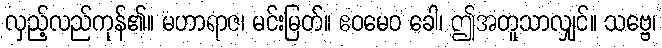
လှည့်လည်ကုန်၏။ မဟာရာဇ၊ မင်းမြတ်။ ဧဝမေဝ ခေါ၊ ဤအတူသာလျှင်။ သဗ္ဗေ၊